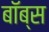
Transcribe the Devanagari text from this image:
बॉब्स